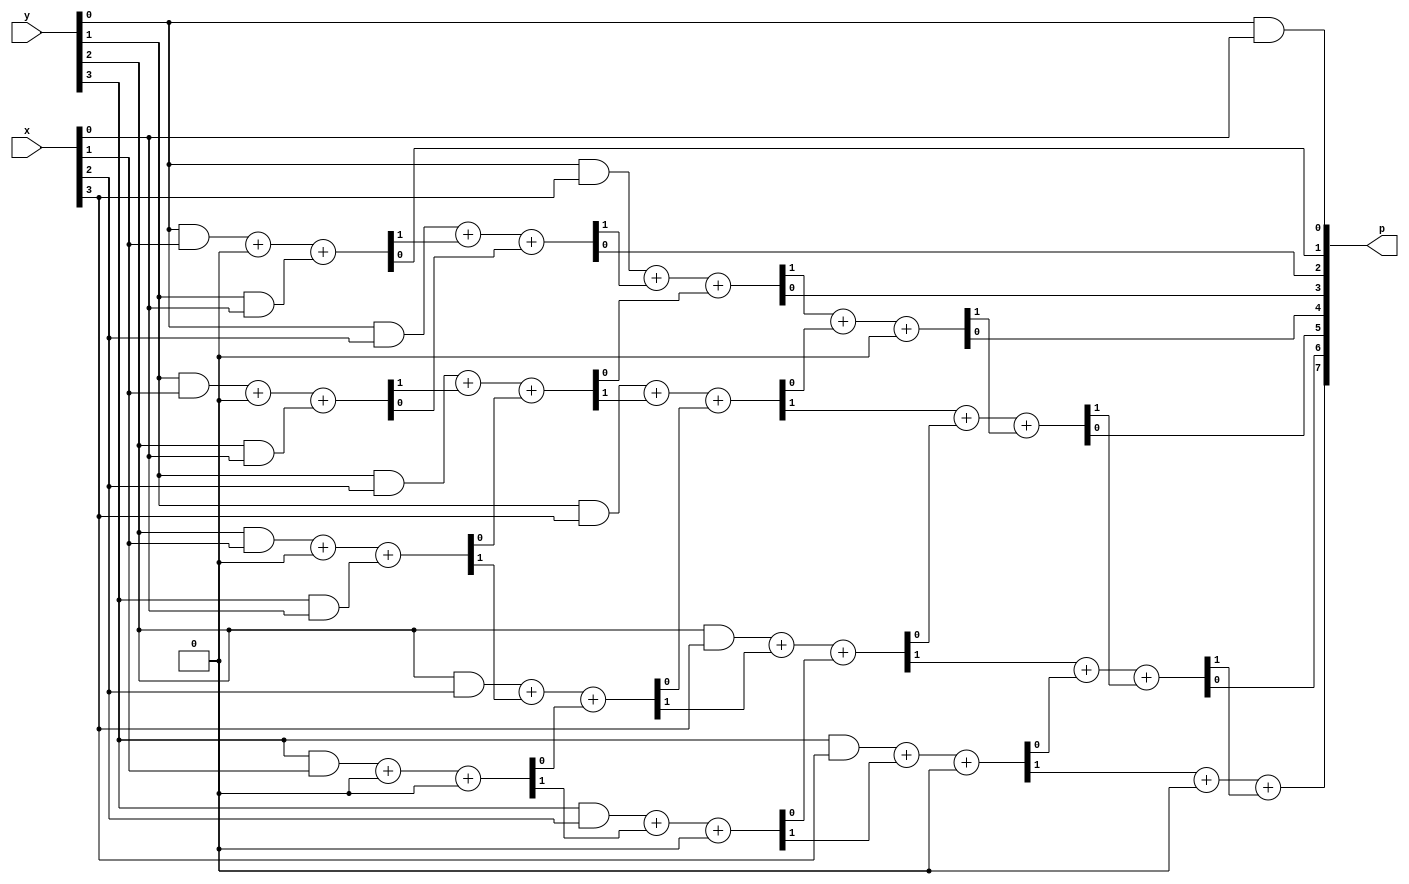
module parallel_multiplier(
    input [3:0] x,
    input [3:0] y,
    output [7:0] p
);
    wire [4:0] s_out_x0;
    wire [3:0] c_out_x0;
    wire [4:0] s_out_x1;
    wire [3:0] c_out_x1;
    wire [4:0] s_out_x2;
    wire [3:0] c_out_x2;
    wire [4:0] s_out_x3;
    wire [3:0] c_out_x3;
    wire [3:0] ab_x0;
    wire [3:0] ab_x1;
    wire [3:0] ab_x2;
    wire [3:0] ab_x3;
    wire [4:0] CI;
    genvar i;

assign {s_out_x0[4], s_out_x1[4], s_out_x2[4], s_out_x3[4], CI[0]}= 5'b00000;

    for (i = 0; i < 4; i = i + 1) begin
        assign ab_x0[i] = y[i] & x[0];
        assign {c_out_x0[i], s_out_x0[i]}= ab_x0[i]; //no sum  or carry out from prev
        
        assign ab_x1[i] = y[i] & x[1];
        assign {c_out_x1[i], s_out_x1[i]}= ab_x1[i]+c_out_x0[i]+s_out_x0[i+1];
        
        assign ab_x2[i] = y[i] & x[2];
        assign {c_out_x2[i], s_out_x2[i]}= ab_x2[i]+c_out_x1[i]+s_out_x1[i+1];
        
        assign ab_x3[i] = y[i] & x[3];
        assign {c_out_x3[i], s_out_x3[i]}= ab_x3[i]+c_out_x2[i]+s_out_x2[i+1];
        
        assign {CI[i+1], p[i+4]}=c_out_x3[i] + s_out_x3[i+1] +CI[i];
        
        assign p[0]= s_out_x0[0];
        assign p[1]= s_out_x1[0];
        assign p[2]= s_out_x2[0];
        assign p[3]= s_out_x3[0];
        
    end



endmodule